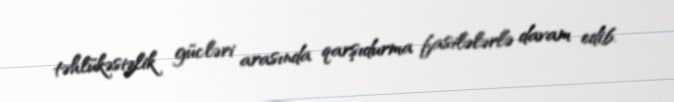
təhlükəsizlik gücləri arasında qarşıdurma fasilələrlə davam edib.